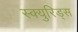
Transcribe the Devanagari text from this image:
स्क्युरिड्स